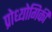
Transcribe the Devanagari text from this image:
प्रोध्योगिकी